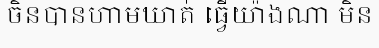
ចិនបានហាមឃាត់ ធ្វើយ៉ាងណា មិន